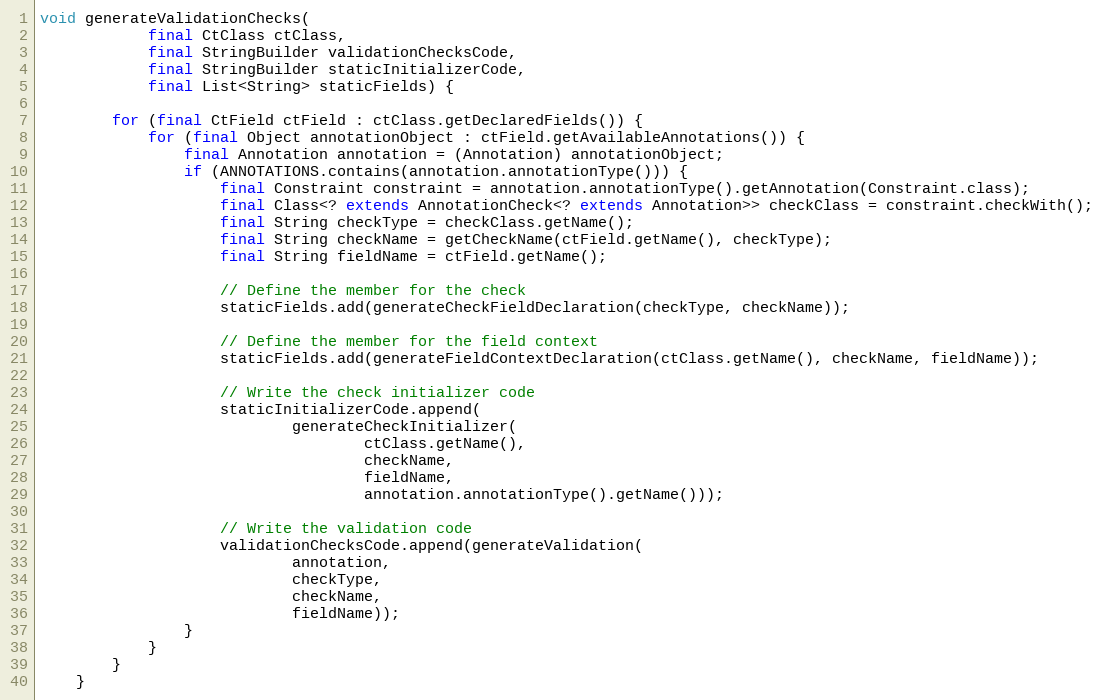
Language: Java
void generateValidationChecks(
            final CtClass ctClass,
            final StringBuilder validationChecksCode,
            final StringBuilder staticInitializerCode,
            final List<String> staticFields) {

        for (final CtField ctField : ctClass.getDeclaredFields()) {
            for (final Object annotationObject : ctField.getAvailableAnnotations()) {
                final Annotation annotation = (Annotation) annotationObject;
                if (ANNOTATIONS.contains(annotation.annotationType())) {
                    final Constraint constraint = annotation.annotationType().getAnnotation(Constraint.class);
                    final Class<? extends AnnotationCheck<? extends Annotation>> checkClass = constraint.checkWith();
                    final String checkType = checkClass.getName();
                    final String checkName = getCheckName(ctField.getName(), checkType);
                    final String fieldName = ctField.getName();

                    // Define the member for the check
                    staticFields.add(generateCheckFieldDeclaration(checkType, checkName));

                    // Define the member for the field context
                    staticFields.add(generateFieldContextDeclaration(ctClass.getName(), checkName, fieldName));

                    // Write the check initializer code
                    staticInitializerCode.append(
                            generateCheckInitializer(
                                    ctClass.getName(),
                                    checkName,
                                    fieldName,
                                    annotation.annotationType().getName()));

                    // Write the validation code
                    validationChecksCode.append(generateValidation(
                            annotation,
                            checkType,
                            checkName,
                            fieldName));
                }
            }
        }
    }